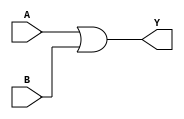
module combinational_logic (
    input wire A,       // Input A
    input wire B,       // Input B
    output wire Y       // Output Y
);

// Combinational logic block
assign Y = (A | B); // Output is A OR B, leveraging Don't Care conditions

endmodule